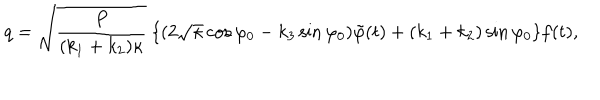
q = \sqrt { \frac { P } { ( k _ { 1 } + k _ { 2 } ) \kappa } } ~ \{ ( 2 \sqrt { \kappa } \cos \varphi _ { 0 } - k _ { 3 } \sin \varphi _ { 0 } ) \tilde { \varphi } ( t ) + ( k _ { 1 } + k _ { 2 } ) \sin \varphi _ { 0 } \} f ( t ) ,